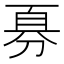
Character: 𪟊